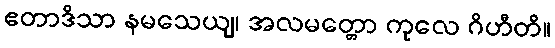
ဧတာဒိသာ နမသေယျ၊ အလမတ္တော ကုလေ ဂိဟီတိ။